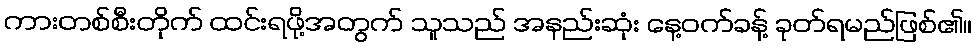
ကားတစ်စီးတိုက် ထင်းရဖို့အတွက် သူသည် အနည်းဆုံး နေ့ဝက်ခန့် ခုတ်ရမည်ဖြစ်၏။